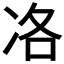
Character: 𠗂